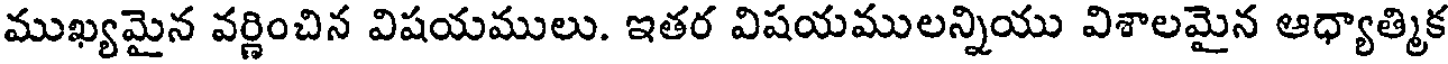
ముఖ్యమైన వర్ణించిన విషయములు. ఇతర విషయములన్నియు విశాలమైన ఆధ్యాత్మిక